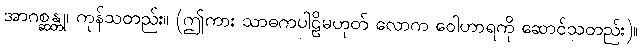
အာဂစ္ဆန္တု၊ ကုန်သတည်း။ (ဤကား သာဓကပါဠိမဟုတ် လောက ဝေါဟာရကို ဆောင်သတည်း)။